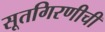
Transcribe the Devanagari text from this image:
सूतगिरणीची